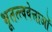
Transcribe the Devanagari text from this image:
भूतत्त्ववेत्ताओं